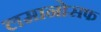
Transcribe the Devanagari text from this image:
लमानोसफ